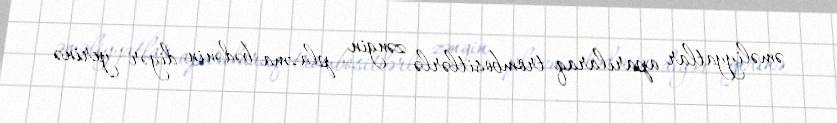
əməliyyatlar aparılaraq trombositlərlə zəngin plazma bədənin digər yerinə